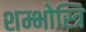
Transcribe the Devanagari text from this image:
शम्भोस्त्रि